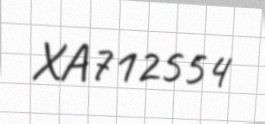
XA712554